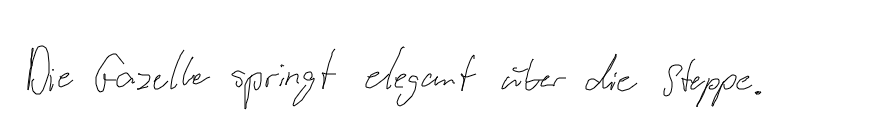
Die Gazelle springt elegant über die Steppe.